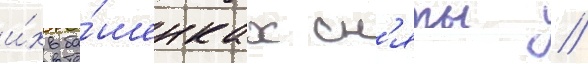
и́х ба́шенках сн'яты //